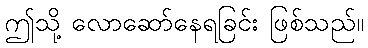
ဤသို့ လောဆော်နေရခြင်း ဖြစ်သည်။